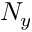
N _ { y }